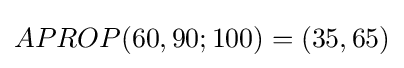
APROP(60,90;100)=(35,65)